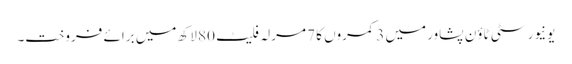
یونیورسٹی ٹاؤن پشاور میں 3 کمروں کا 7 مرلہ فلیٹ 80 لاکھ میں برائے فروخت۔